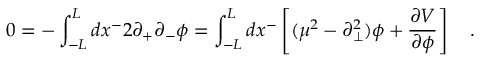
0 = - \int _ { - L } ^ { L } d x ^ { - } 2 \partial _ { + } \partial _ { - } \phi = \int _ { - L } ^ { L } d x ^ { - } \left[ ( \mu ^ { 2 } - \partial _ { \bot } ^ { 2 } ) \phi + \frac { \partial V } { \partial \phi } \right] \quad .